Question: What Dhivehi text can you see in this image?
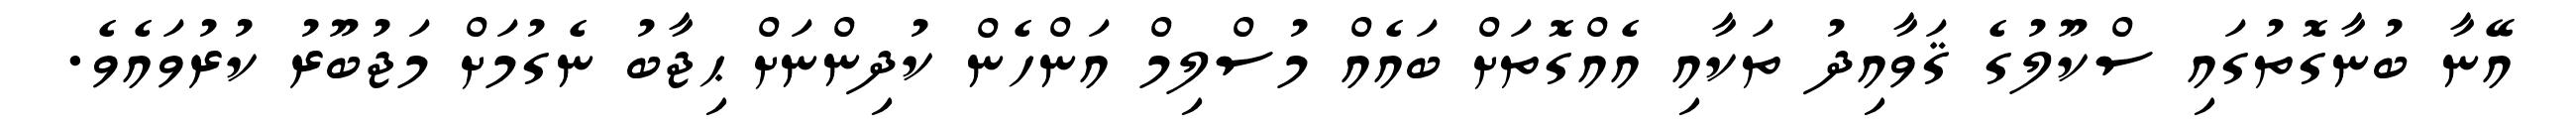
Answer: އޭނާ ބުނާގޮތުގައި ސްކޫލުގެ ޤަވާއިދު ތަކާއި އެއްގޮތަށް ބައެއް މުސްލިމް އަންހެން ކުދިންނަށް ޙިޖާބު ނެގުމަށް މަޖުބޫރު ކުރުވައެވެ.